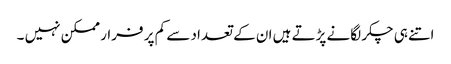
اتنے ہی چکر لگانے پڑتے ہیں ان کے تعداد سے کم پر فرار ممکن نہیں ۔